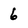
Character: 6